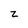
Character: z